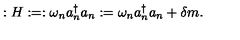
: H : = : \omega _ { n } a _ { n } ^ { \dagger } a _ { n } : = \omega _ { n } a _ { n } ^ { \dagger } a _ { n } + \delta m .